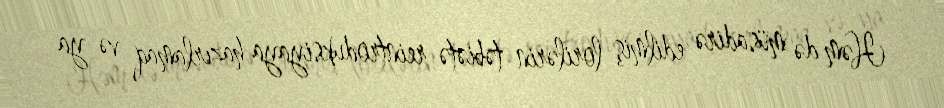
Həm də müsadirə edilmiş lorilərin təbiətə reintroduksiyaya hazırlamaq və ya